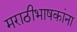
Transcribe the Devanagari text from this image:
मराठीभाषकांना